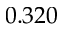
0 . 3 2 0